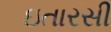
ઇતારસી